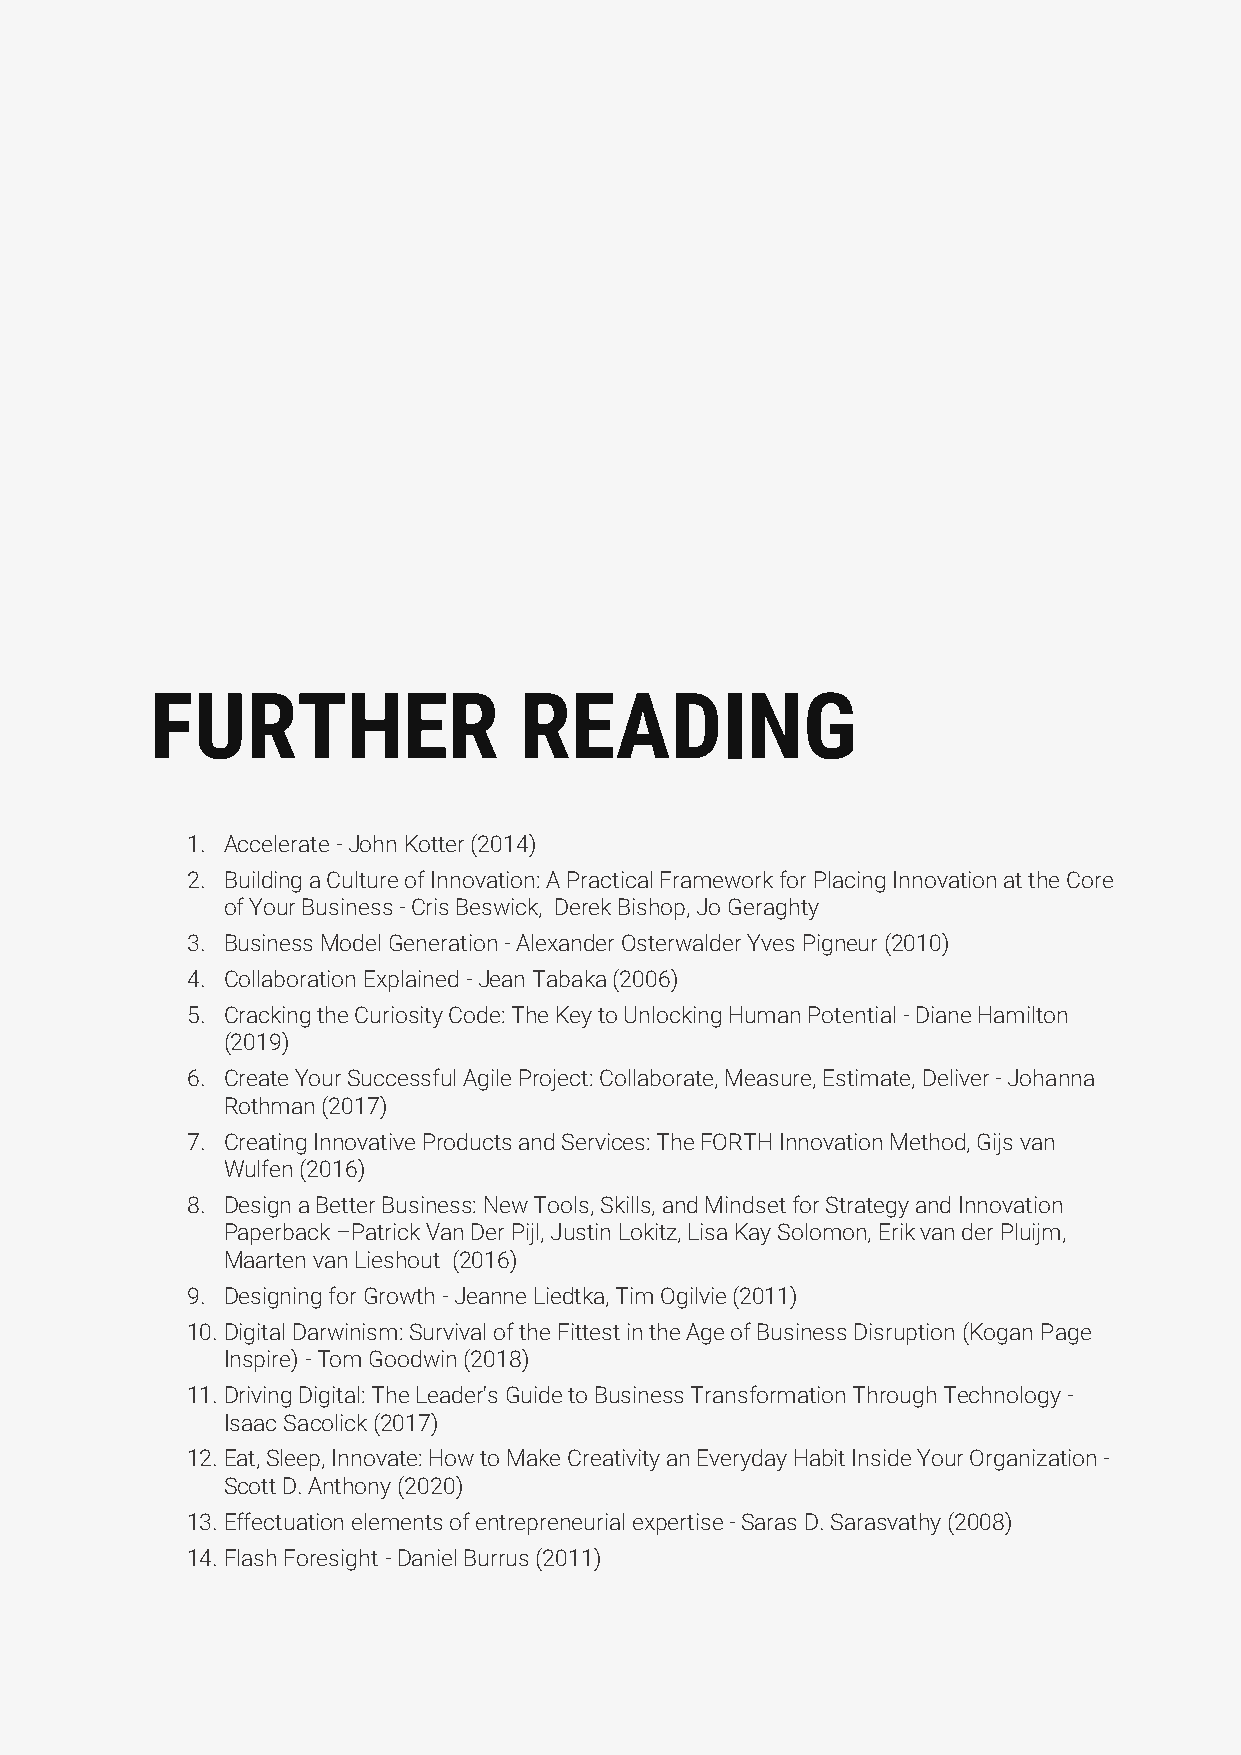
FURTHER                 READING
 1. Accelerate - John Kotter (2014)
 2. Building a Culture of Innovation: A Practical Framework for Placing Innovation at the Core
 of Your Business - Cris Beswick, Derek Bishop, Jo Geraghty
 3. Business Model Generation - Alexander Osterwalder Yves Pigneur (2010)
 4. Collaboration Explained - Jean Tabaka (2006)
 5. Cracking the Curiosity Code: The Key to Unlocking Human Potential - Diane Hamilton
 (2019)
 6. Create Your Successful Agile Project: Collaborate, Measure, Estimate, Deliver - Johanna
 Rothman (2017)
 7. Creating Innovative Products and Services: The FORTH Innovation Method, Gijs van
 Wulfen (2016)
 8. Design a Better Business: New Tools, Skills, and Mindset for Strategy and Innovation
 Paperback –Patrick Van Der Pijl, Justin Lokitz, Lisa Kay Solomon, Erik van der Pluijm,
 Maarten van Lieshout (2016)
 9. Designing for Growth - Jeanne Liedtka, Tim Ogilvie (2011)
 10. Digital Darwinism: Survival of the Fittest in the Age of Business Disruption (Kogan Page
 Inspire) - Tom Goodwin (2018)
 11. Driving Digital: The Leader's Guide to Business Transformation Through Technology -
 Isaac Sacolick (2017)
 12. Eat, Sleep, Innovate: How to Make Creativity an Everyday Habit Inside Your Organization -
 Scott D. Anthony (2020)
 13. Effectuation elements of entrepreneurial expertise - Saras D. Sarasvathy (2008)
 14. Flash Foresight - Daniel Burrus (2011)